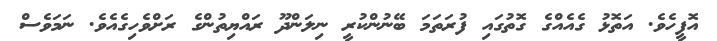
އޮފީހެވެ. އަތޮޅު ގެއެއްގެ ގޮތުގައި ފުރަތަމަ ބޭނުންކުރީ ނިލަންދޫ ރައްޔިތުންގެ ރަށްވެހިގެއެވެ. ނަމަވެސް